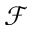
\mathcal { F }